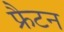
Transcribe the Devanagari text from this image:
फ्रैटन